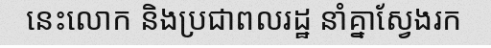
នេះលោក និងប្រជាពលរដ្ឋ នាំគ្នាស្វែងរក